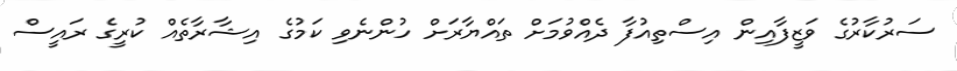
ސަރުކާރުގެ ވަޒީފާއިން އިސްތިއުފާ ދެއްވުމަށް ތައްޔާރަށް ހުންނެވި ކަމުގެ އިޝާރާތެއް ކުރީގެ ރައީސް